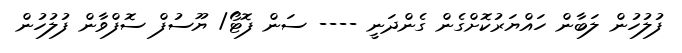
ފުލުހުން ލަބާން ހައްޔަރުކޮށްގެން ގެންދަނީ ---- ސަން ފޮޓޯ/ ޔޫސުފް ސޮފްވާން ފުލުހުން